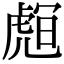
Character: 𧇅